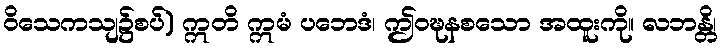
ဝိသေကသျ၌စပ်) ဣတိ ဣမံ ပဘေဒံ၊ ဤဝဍ္ဎနစသော အထူးကို။ လဘန္တိ၊